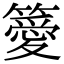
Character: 𥴨